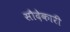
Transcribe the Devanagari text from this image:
सौदेकारी